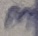
Text: 3